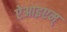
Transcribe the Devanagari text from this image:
ऐआइएम्